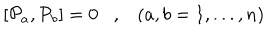
LaTeX: \left[ { { \cal P } } _ { a } , { { \cal P } } _ { b } \right] = 0 , \left( a , b = 1 , . . . , n \right)